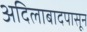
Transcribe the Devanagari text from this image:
अदिलाबादपासून